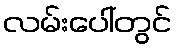
လမ်းပေါ်တွင်